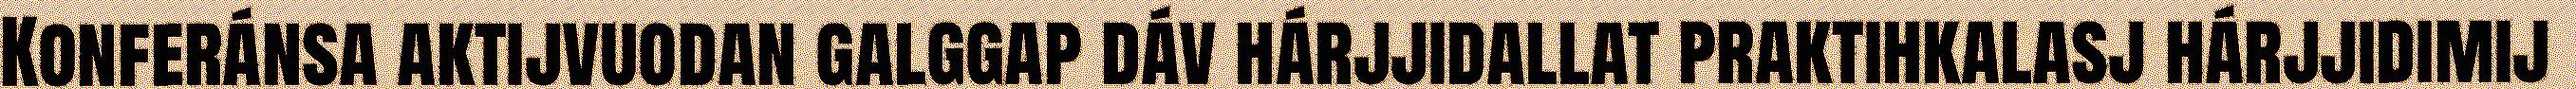
Konferánsa aktijvuodan galggap dáv hárjjidallat praktihkalasj hárjjidimij